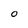
Character: O